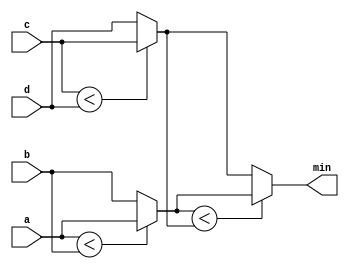
module top_module (
    input [7:0] a, b, c, d,
    output [7:0] min);//
    wire [7:0] ab_min,cd_min;
    assign ab_min = a < b ? a : b;
    assign cd_min = c < d ? c : d;
    assign min = ab_min < cd_min ? ab_min : cd_min;
    // assign intermediate_result1 = compare? true: false;

endmodule